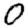
Digit: 0